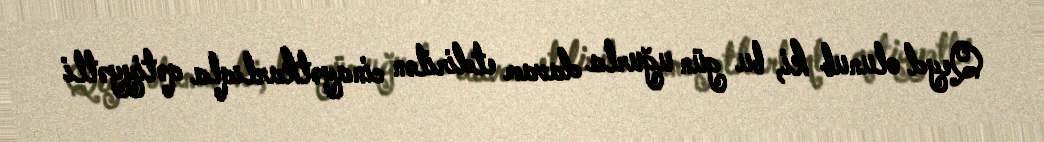
Qeyd olunub ki, bu gün uğurla davam etdirilən cinayətkarlıqla qətiyyətli